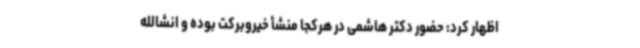
اظهار کرد: حضور دکتر هاشمی در هرکجا منشأ خیروبرکت بوده‌ و انشالله